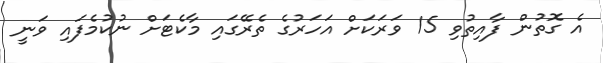
އެ ގޮތުން ފާއިތުވި 15 ވަރަކަށް އަހަރުގެ ތެރޭގައި މާކެޓަށް ނުކުމެފައި ވަނީ